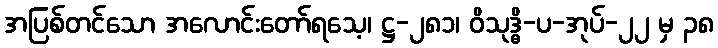
အပြစ်တင်သော အလောင်းတော်ရသေ့၊ ဋ္ဌ-၂၈၁၊ ဝိသုဒ္ဓိ-ပ-အုပ်-၂၂ မှ ၃၈